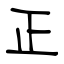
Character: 正